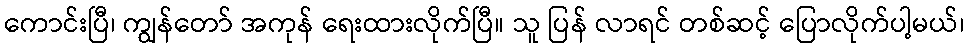
ကောင်းပြီ၊ ကျွန်တော် အကုန် ရေးထားလိုက်ပြီ။ သူ ပြန် လာရင် တစ်ဆင့် ပြောလိုက်ပါ့မယ်၊